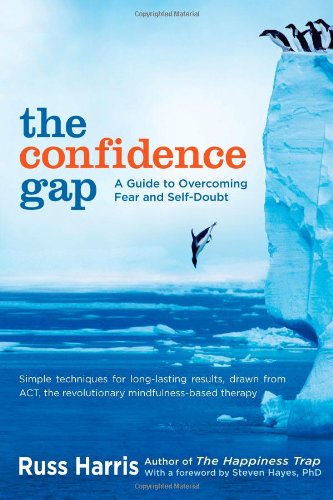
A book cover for The Confidence Gap: A Guide to Overcoming Fear and Self-Doubt; Russ Harris; Self-Help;